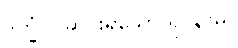
ဒုက္ခံ - ဆင်းရဲသော ရုပ်နာမ်။